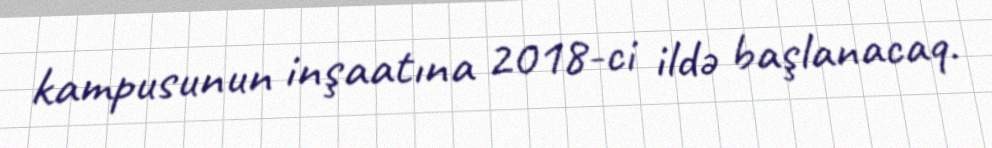
kampusunun inşaatına 2018-ci ildə başlanacaq.